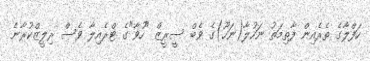
ހަފްލާގެ ތެރެއިން ފާތިމަތު ނަހުލާ(ނަހޫ)ގެ ވެބް ސީރީޒް "ހުވާ"ގެ ޓްރެއިލާ ވެސް ރިލީޒްކުރާނެ